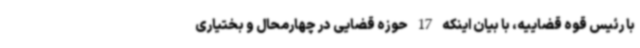
با رئیس قوه قضاییه، با بیان اینکه 17 حوزه قضایی در چهارمحال و بختیاری